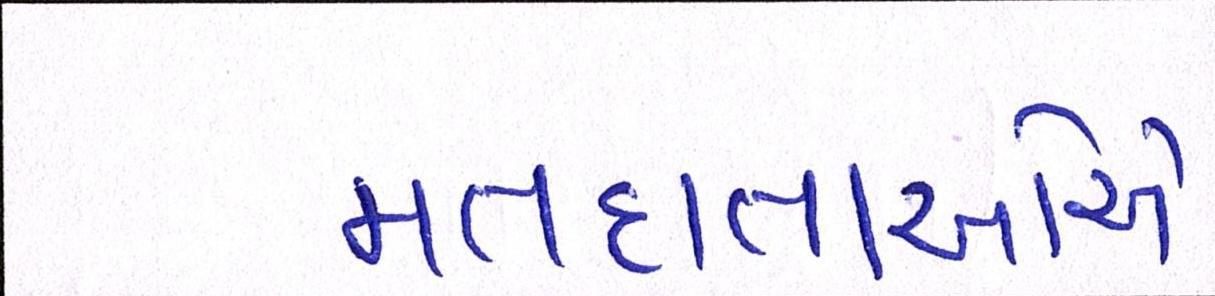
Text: મતદાતાઓએ